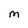
Character: M